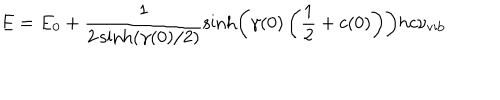
E = E _ { 0 } + \frac { 1 } { 2 \sinh ( \gamma ( 0 ) / 2 ) } \sinh \left( \gamma ( 0 ) \left( \frac { 1 } { 2 } + c ( 0 ) \right) \right) h c \nu _ { \mathrm { v i b } }